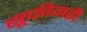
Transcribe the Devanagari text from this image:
सूफीगरी